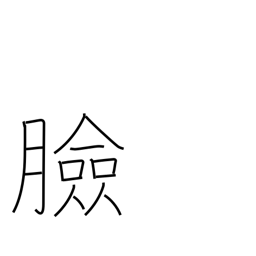
Meaning: face